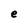
Character: e